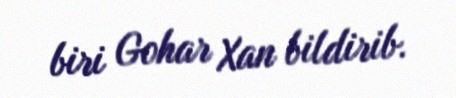
biri Gohar Xan bildirib.